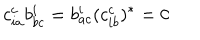
LaTeX: c _ { i a } ^ { c } b _ { b c } ^ { i } = b _ { a c } ^ { i } ( c _ { i b } ^ { c } ) ^ { * } = 0